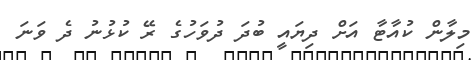
މިލާން ކުއާޓާ އަށް ދިޔައީ ބުދަ ދުވަހުގެ ރޭ ކުޅުނު ދެ ވަނަ